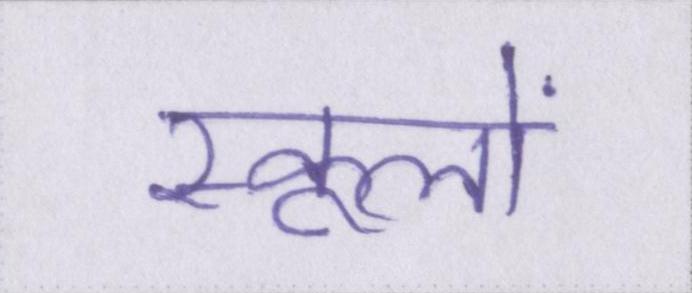
स्कूलों